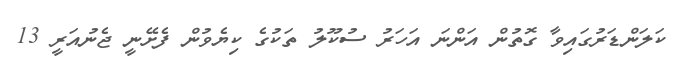
ކަލަންޑަރުގައިވާ ގޮތުން އަންނަ އަހަރު ސުކޫލު ތަކުގެ ކިޔެވުން ފެށޭނީ ޖެނުއަރީ 13